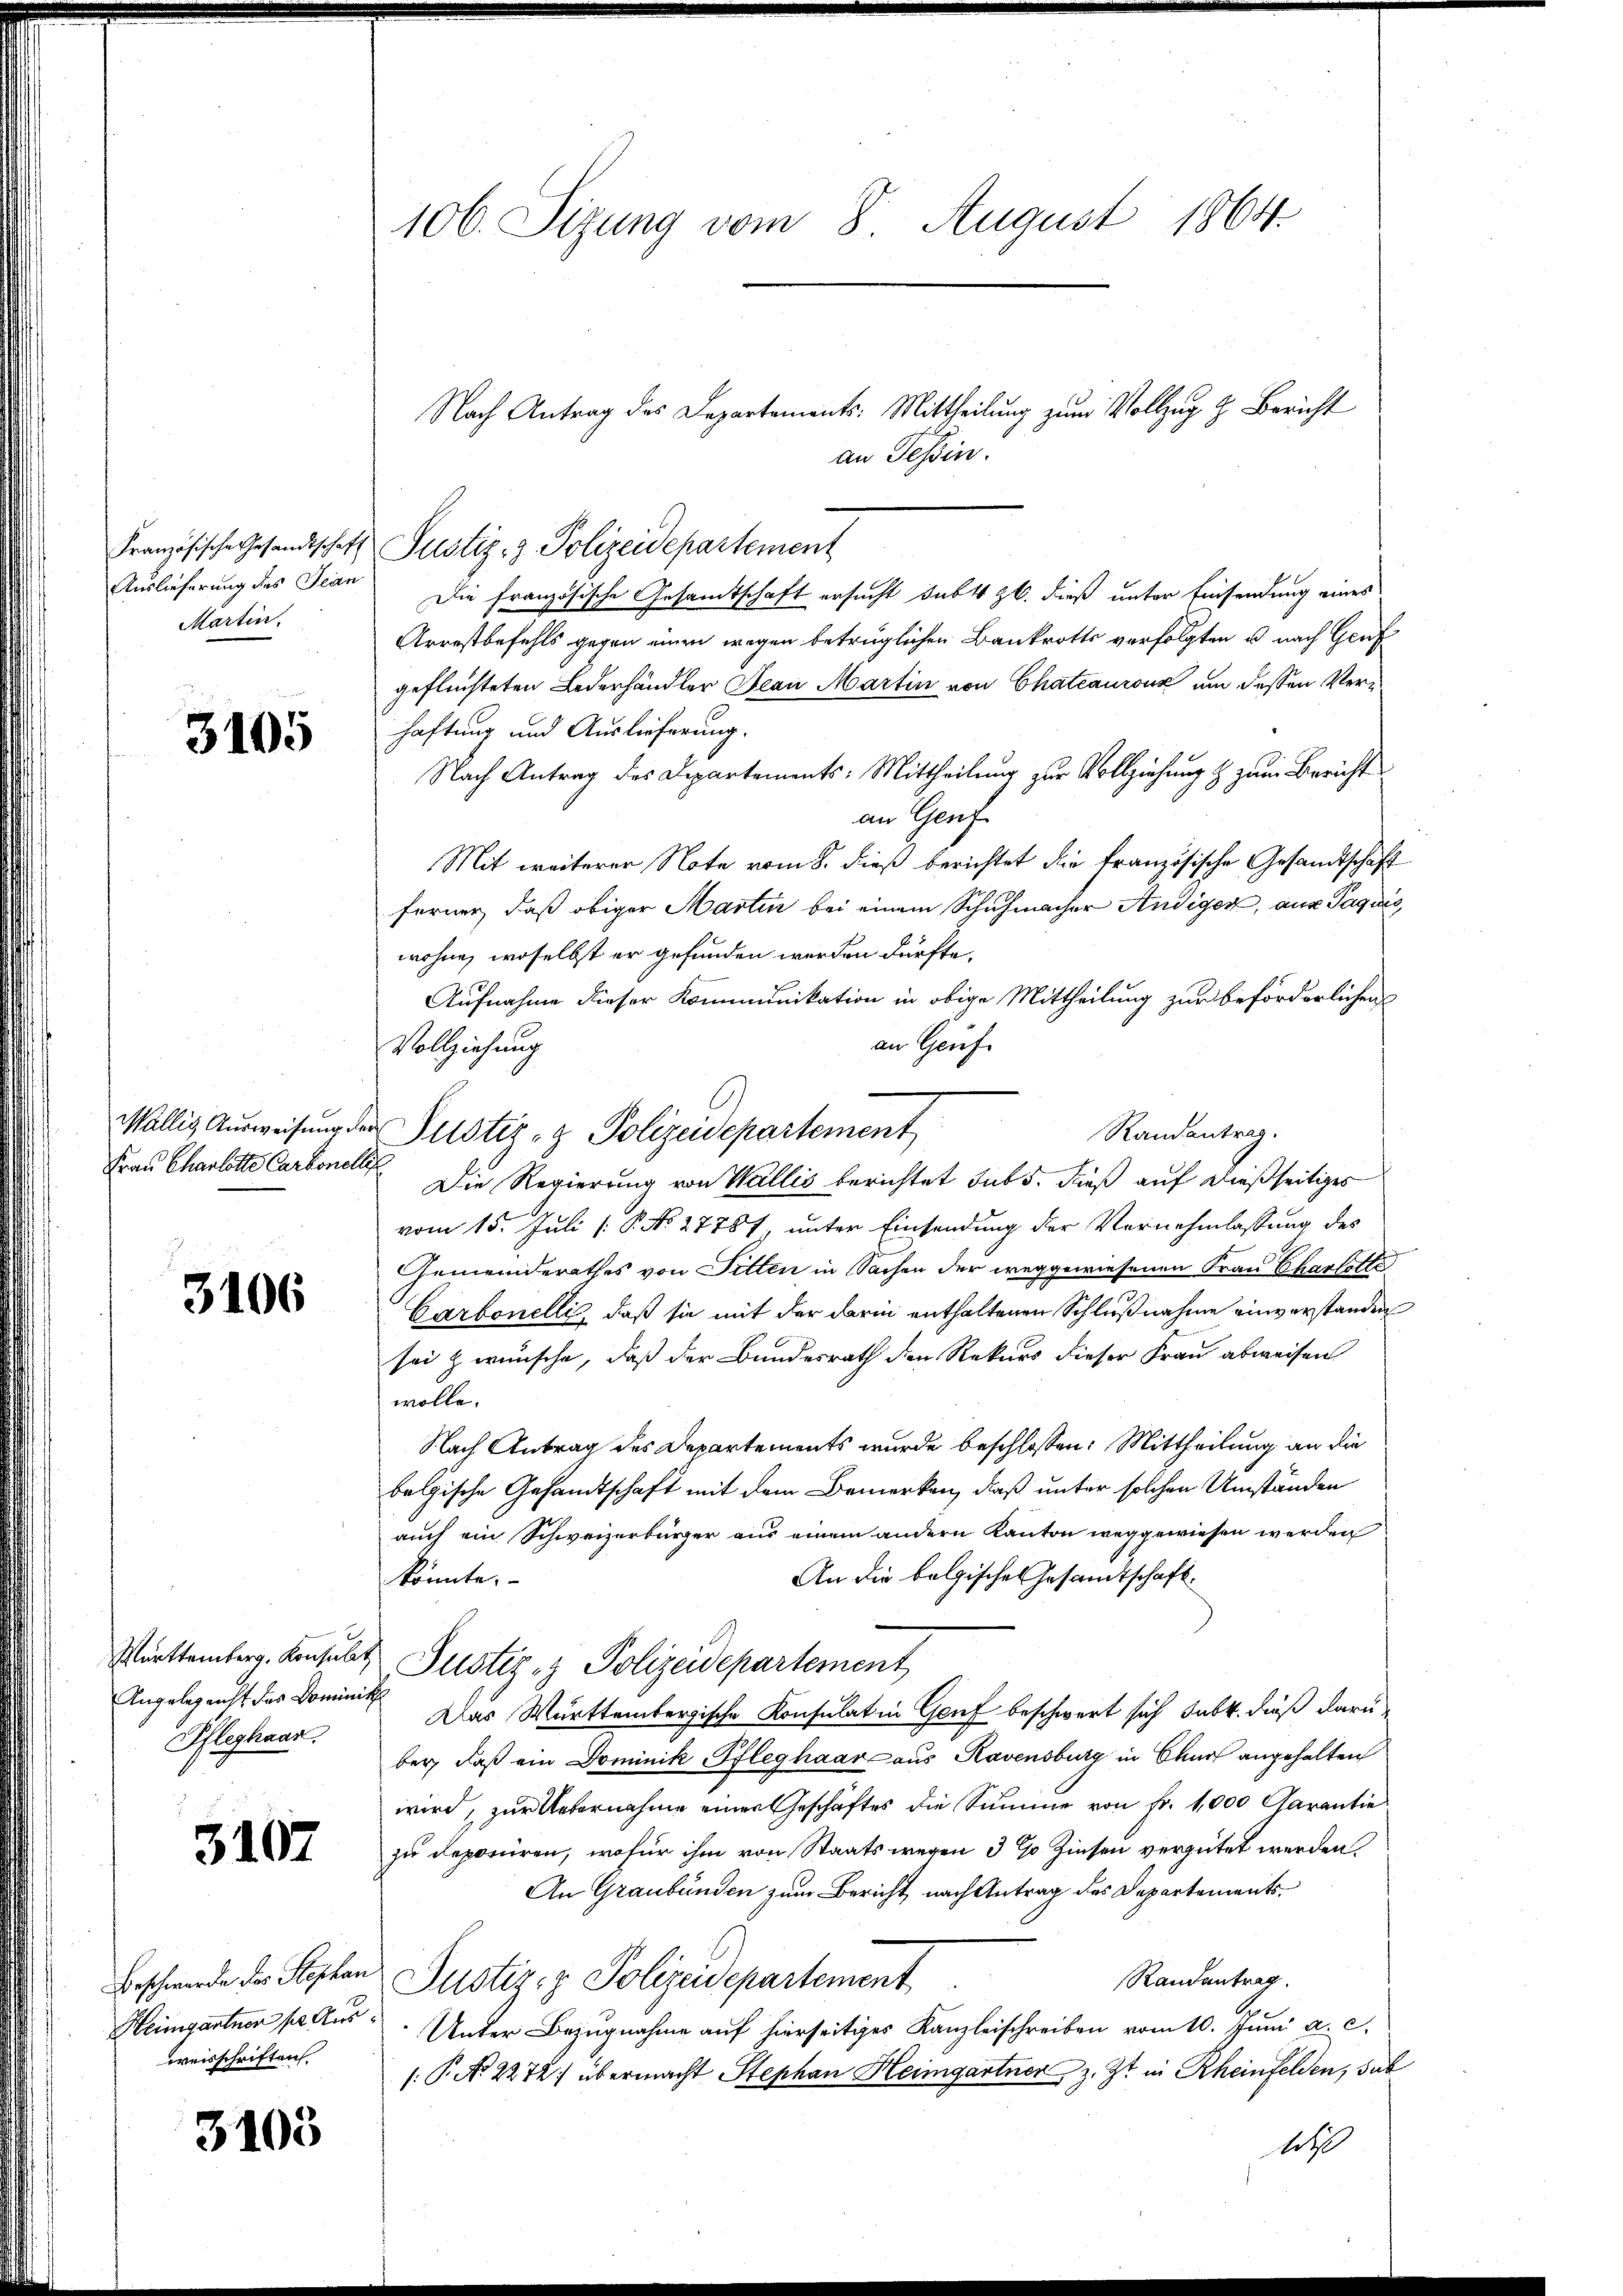
Martin,

3105

Frau Charlotte Carbonelle

3106

Angelegenst das Dominik
Pfleghaar.

3107

Heimgartner pr. Ausweisschriften

3103

106. Sizung vom 8. August 1864.

Nach Antrag des Departements: Mittheilung zum Vollzug z. Bericht
an Tessin.
Auslieferung des Plan die französische Gesamtschaft ersucht das 4 zb. dieß unter Einsendung eines
Arrestbefehls gegen einen wegen betrüglichen Bankrotts verfolgten u. nach Genf
geflüchteten Lederhändler Jean Martin von Chateauruz um dessen Verhaftung und Auslieferung.
Nach Antrag des Departements: Mittheilung zur Vollziehung & zum Bericht
an Genf
Mit weiterer Note vom 8. dieß berichtet die französische Gesandtschaft
ferner, daß obiger Martin bei einem Schuhmacher Andiger, aus Paquis,
wohne, woselbst er gefunden werden dürfte.
Aufnahme dieser Kommunikation in obige Mittheilung zur beförderlichen
an Genf.
Vollziehung
Die Regierung von Wallis berichtet sub 5. dieß auf dießseitiges
vom 15. Juli [ P. No 17787 unter Einsendung der Vernehmlassung des
Gemeinderathes von Sitten in Sachen der weggewiesenen Frau Charlotte
Carbonelli, daß sie mit der darin enthaltenen Schlußnahme einverstanden
sei & wünsche, daß der Bundesrath den Rekurs dieser Frau abweisen
wolle.
Nach Antrag des Departements wurde beschlossen: Mittheilung an die
belgische Gesandtschaft mit dem Bemerken, daß unter solchen Umständen
auch ein Schweizerbürger aus einem andern Kanton weggewiesen werden
An die bolgisches Gesamtschaft.
könnte.
Württemberg. Konsulat, Justiz & Polizeidepartement
Das Württembergische Konsulat in Genf beschwert sich subt. dieß daru
ber, daß ein Dominik Pfleghaar aus Ravensburg in Chur angehalten
wird, zur Unternahme einer Geschäftes die Summe von Fr. 1000 Garantie
zu deponiren, wofür ihm von Staatswegen 3 % Zinsen vergütet werden.
An Graubünden zum Bericht nach Antrag des Departements¬
Randantrag.
Beschwerde des Stephan Justiz- & Polizeidepartement
Unter Bezugnahme auf hierseitiges Kanzleischreiben vom 10. Juni a. c.
[: P. N. 2272) übermacht Stephan Heimgartner, z. Zt. in Rheinfelden, das
A

Französische Gesandtschaft Pustiz- & Polizeidepartement

Wallis Aŭsweisung der Puster - Polizeidepartement

Randantrag.